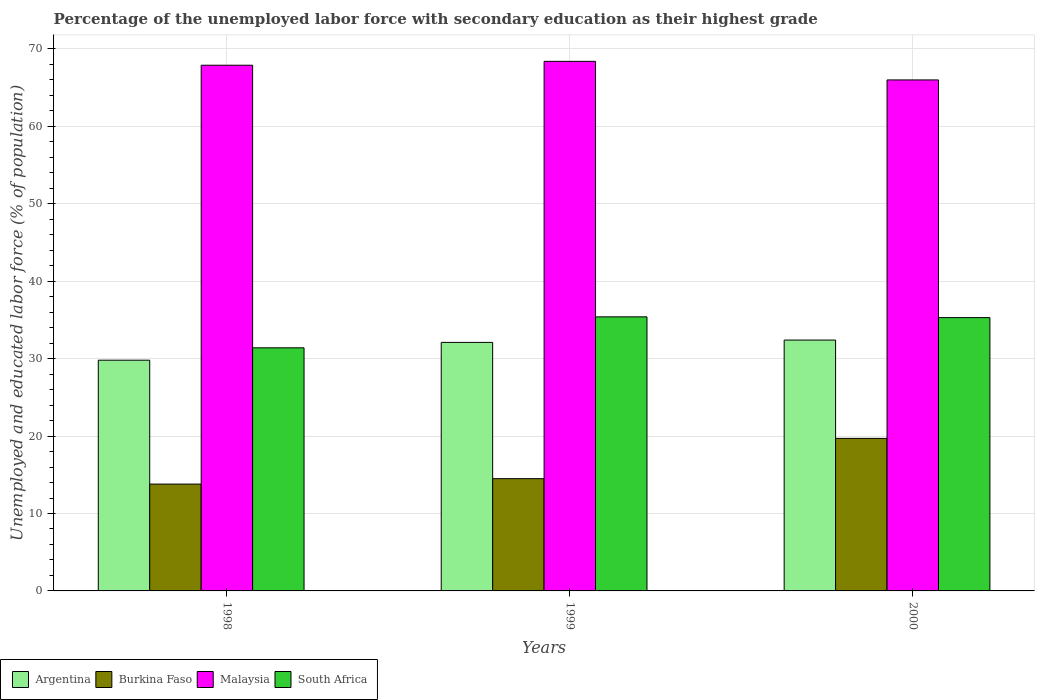
| Years | Argentina | Burkina Faso | Malaysia | South Africa |
 | --- | --- | --- | --- | --- |
 | 1998 | 29.8 | 13.8 | 67.9 | 31.4 |
 | 1999 | 32.1 | 14.5 | 68.4 | 35.4 |
 | 2000 | 32.4 | 19.7 | 66 | 35.3 |